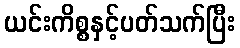
ယင်းကိစ္စနှင့်ပတ်သက်ပြီး